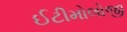
ઈટીમોલોજી